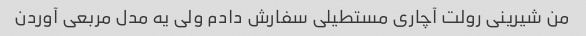
من شیرینی رولت آچاری مستطیلی سفارش دادم ولی یه مدل مربعی آوردن